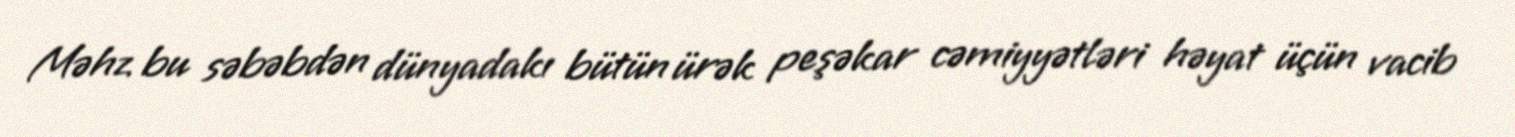
Məhz bu səbəbdən dünyadakı bütün ürək peşəkar cəmiyyətləri həyat üçün vacib